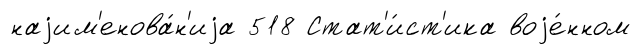
наjим'енова́н'иjа 518 Стат'и́ст'ика воjе́нном